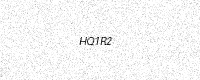
Text: HQ1R2